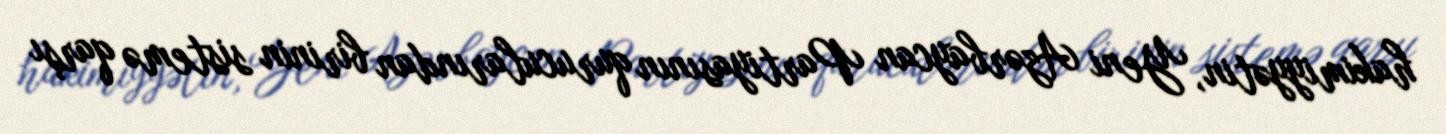
hakimiyyətin, Yeni Azərbaycan Partiyasının qurucularından birinin sistemə qarşı